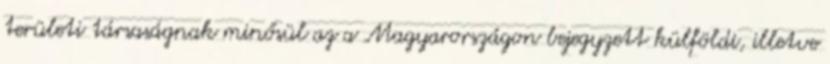
területi társaságnak minősül az a Magyarországon bejegyzett külföldi, illetve